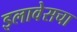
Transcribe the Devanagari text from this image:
इलावेसचा